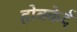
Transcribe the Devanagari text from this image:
होक्केर्ट्